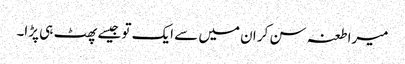
میرا طعنہ سن کر ان میں سے ایک تو جیسے پھٹ ہی پڑا۔